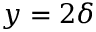
y = 2 \delta